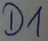
Text: D1